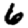
Digit: 6